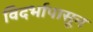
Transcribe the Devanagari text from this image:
विदर्भापासून